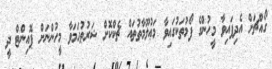
ގޯއްޗަށް އެދިފައިވާ މީހުންގެ ފޯމުތަކުގައިވާ މަޢުލޫމާތުތައް ޗެކްކޮށް ޝަރުޠުހަމަވާ މީހުންނަށް ޕޮއިންޓް ދީ